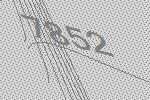
7852